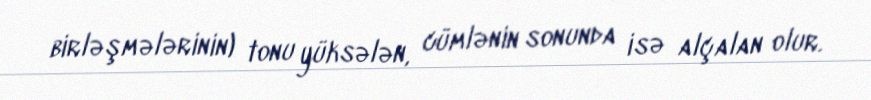
birləşmələrinin) tonu yüksələn, cümlənin sonunda isə alçalan olur.